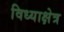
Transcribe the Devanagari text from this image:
विध्याक्षेत्र